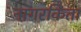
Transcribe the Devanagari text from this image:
नागरकिता